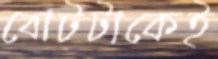
বোটটাকেই